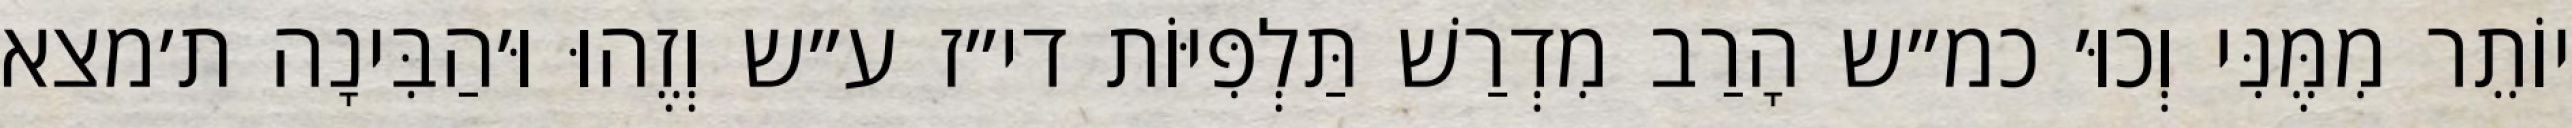
יוֹתֵר מִמֶּנִּי וְכוּ׳ כמ״ש הָרַב מִדְרַשׁ תַּלְפִּיּוֹת די״ז ע״ש וְזֶהוּ וּ׳הַבִּינָה ת׳מצא